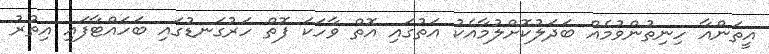
އީތަންއާ ހިނިތުންވުމެއް ބަދަލުކޮށްލުމާއެކު އަތުގައި އޮތް ވާހަކަ ފޮތް ހަރުގަނޑުގައި ބަހައްޓާފައި އިތުރު